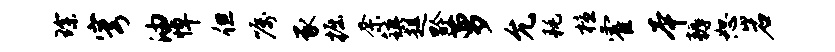
琛穹油悼但嘱豕掘奈镇趄黔萝允耗檀霍本耨恕岩